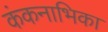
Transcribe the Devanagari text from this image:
कंकनाभिका